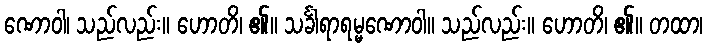
ဏောဝါ၊ သည်လည်း။ ဟောတိ၊ ၏။ သင်္ခါရာရမ္မဏောဝါ။ သည်လည်း။ ဟောတိ၊ ၏။ တထာ၊